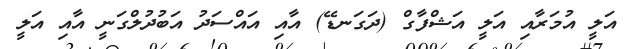
އަލީ އުމަރާއި އަލީ އަޝްފާގް (ދަގަނޑޭ) އާއި އައްސަދު އަބުދުލްގަނީ އާއި އަލީ